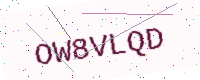
Text: OW8VLQD